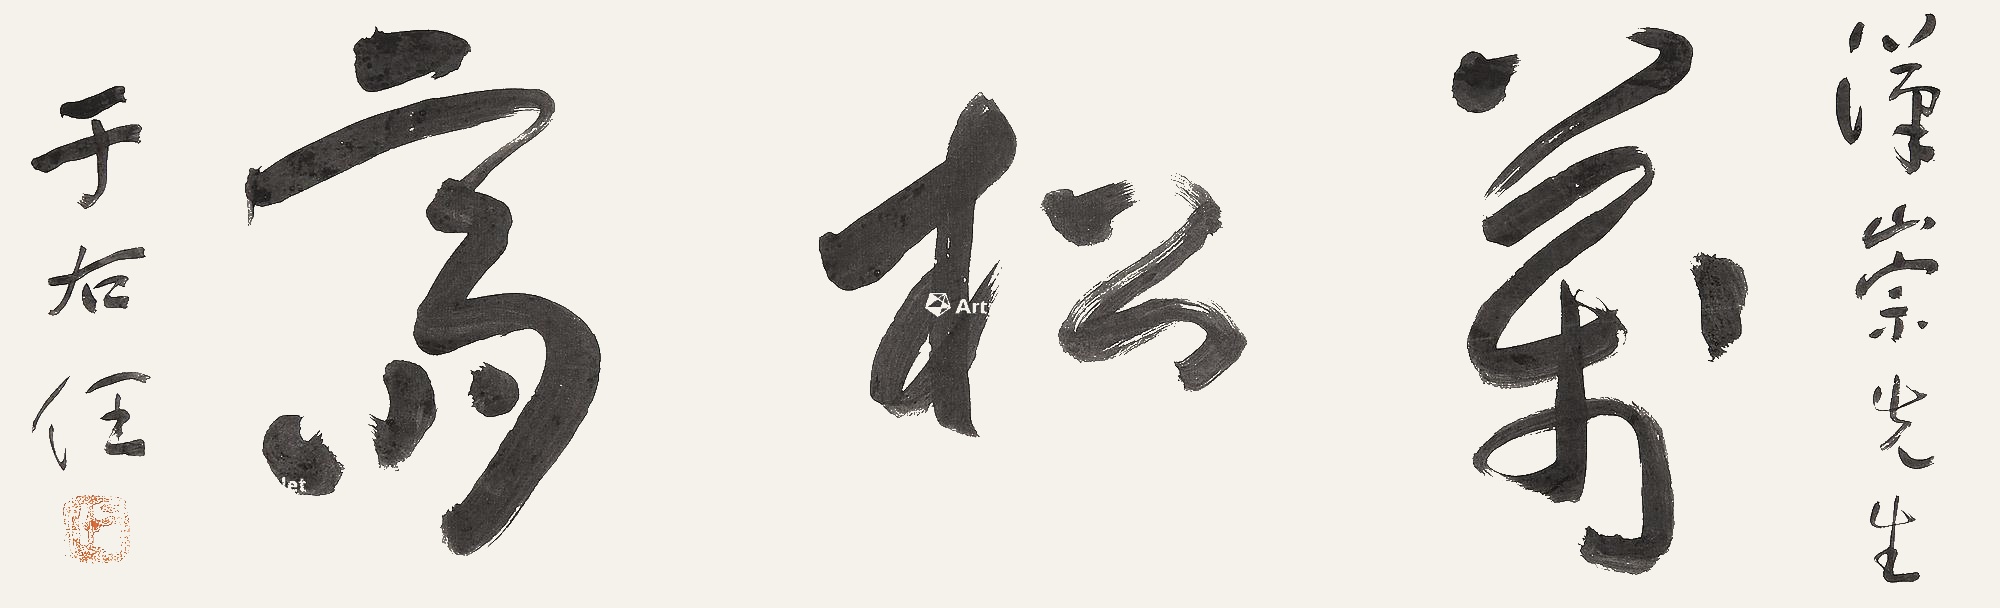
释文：万松斋。汉崇先生。于右任。